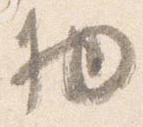
物